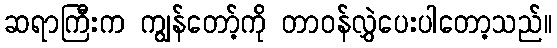
ဆရာကြီးက ကျွန်တော့်ကို တာဝန်လွှဲပေးပါတော့သည်။